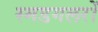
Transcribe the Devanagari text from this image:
स्मडगलरों